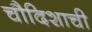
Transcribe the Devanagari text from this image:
चौदिशाची